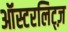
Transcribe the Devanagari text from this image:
ऑस्टरलिट्ज़